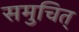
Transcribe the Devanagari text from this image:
समुचित्‌